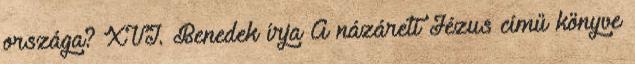
országa? XVI. Benedek írja A názáreti Jézus című könyve